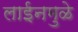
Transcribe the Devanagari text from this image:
लाईनमुळे